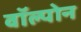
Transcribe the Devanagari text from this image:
वॉल्पोन